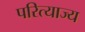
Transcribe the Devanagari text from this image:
परित्याज्य